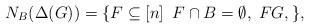
LaTeX: \begin{align*}N_B(\Delta(G))=\{F\subseteq [n]\:\; F\cap B=\emptyset,\;F G, \},\end{align*}